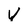
Character: V